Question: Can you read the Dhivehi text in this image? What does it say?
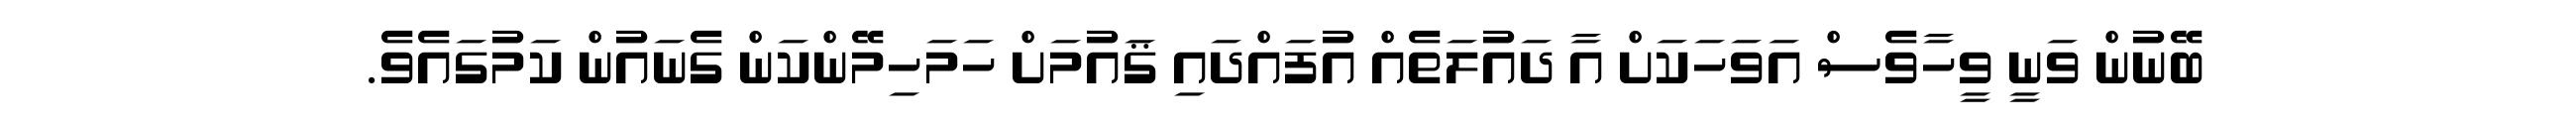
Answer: ބޭނުން ވަނީ ވީހާވެސް އަވަހަކަށް އާ ދައުލަތެއް އުފައްދައި ޤައުމަށް ހަމަހިމޭންކަން ގެނައުން ކަމުގައެވެ.